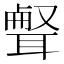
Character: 𦖥